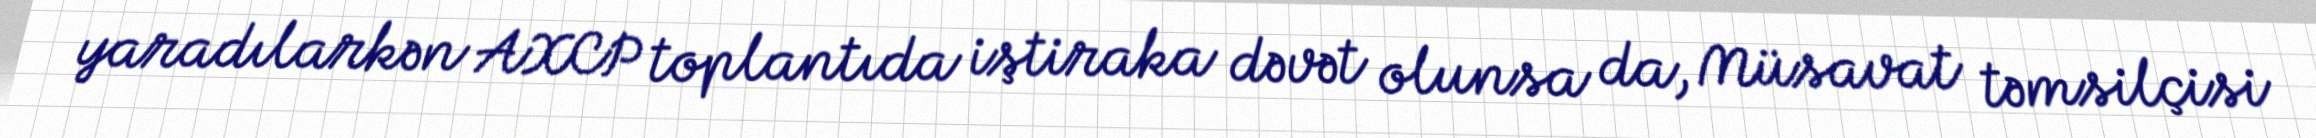
yaradılarkən AXCP toplantıda iştiraka dəvət olunsa da, Müsavat təmsilçisi